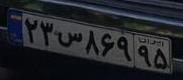
۲۳س۸۶۹۹۵